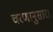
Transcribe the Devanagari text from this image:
चरणानुसार।